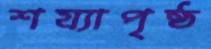
শয্যাপৃষ্ঠ